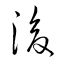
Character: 浚